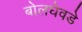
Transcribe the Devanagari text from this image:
बोलघेवडे